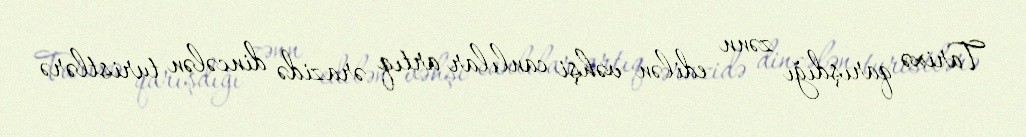
Tarixə qarışdığı zənn edilən vəhşi canlılar artıq ərazidə dincələn turistlərə